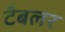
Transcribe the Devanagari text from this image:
टैबलर